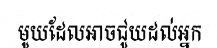
មូយដែលអាចជូយដល់អ្នក